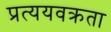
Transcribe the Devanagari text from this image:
प्रत्ययवक्रता